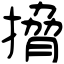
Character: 搚